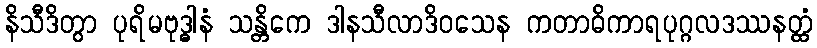
နိသီဒိတွာ ပုရိမဗုဒ္ဓါနံ သန္တိကေ ဒါနသီလာဒိဝသေန ကတာဓိကာရပုဂ္ဂလဒဿနတ္ထံ